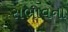
સભાવના